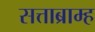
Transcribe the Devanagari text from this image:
सत्ताब्राम्ह